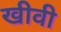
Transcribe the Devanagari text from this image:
खीवी